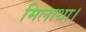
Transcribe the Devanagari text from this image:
मिलाथा।